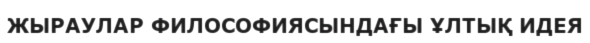
ЖЫРАУЛАР ФИЛОСОФИЯСЫНДАҒЫ ҰЛТЫҚ ИДЕЯ